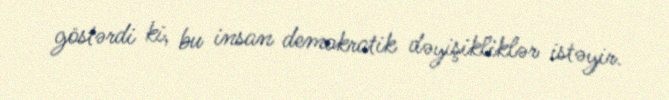
göstərdi ki, bu insan demokratik dəyişikliklər istəyir.